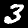
Digit: 3